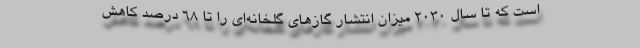
است که تا سال ۲۰۳۰ میزان انتشار گازهای گلخانه‌ای را تا ۶۸ درصد کاهش